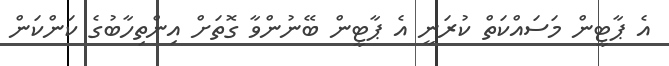
އެ ޕާޓީން މަސައްކަތް ކުރަނީ އެ ޕާޓީން ބޭނުންވާ ގޮތަށް އިންތިހާބުގެ ކަންކަން